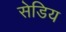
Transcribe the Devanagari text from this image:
सेडिय